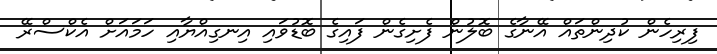
ފިރިހެން ކުދިންތައް އޭނާގެ ބޮލުން ފެށިގެން ފައިގެ ބޮޑުވައި އިނގިއްޔާއި ހަމައަށް އެކްސްރޭ